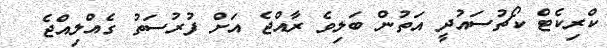
ކްރިކެޓް ކޯޗުސައުދީ އަތުން ބަލިވެ ރާއްޖެ އަށް ފުރުސަތު ގެއްލިއްޖެ